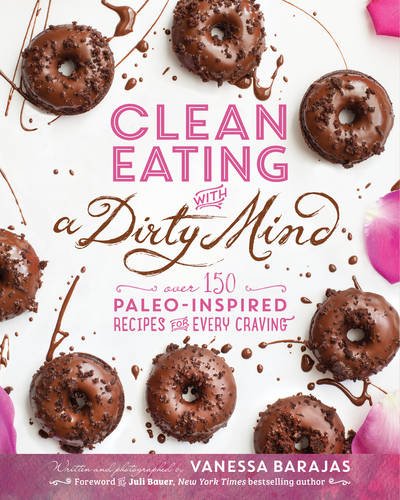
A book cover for Clean Eating with a Dirty Mind: Over 150 Paleo-Inspired Recipes for Every Craving; Vanessa Barajas; Cookbooks, Food & Wine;